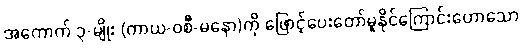
အကောက် ၃-မျိုး (ကာယ-ဝစီ-မနော)ကို ဖြောင့်ပေးတော်မူနိုင်ကြောင်းဟောသော